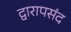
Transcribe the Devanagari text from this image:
द्वारापसंद